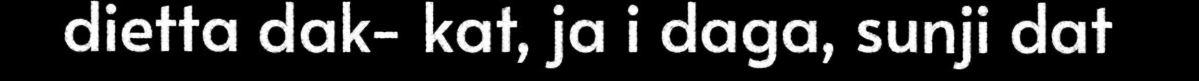
dietta dak- kat, ja i daga, sunji dat